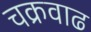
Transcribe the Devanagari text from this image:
चक्रवाढ